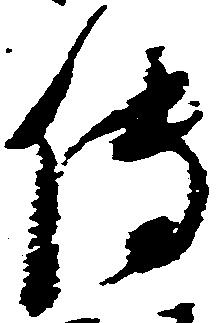
伝